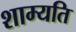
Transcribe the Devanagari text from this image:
शाम्यति